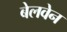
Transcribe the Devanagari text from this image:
बेलवेन